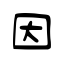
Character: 因